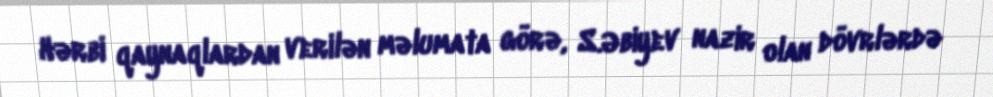
Hərbi qaynaqlardan verilən məlumata görə, S.Əbiyev nazir olan dövrlərdə